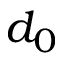
d _ { 0 }